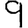
Digit: 9